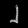
Digit: ၂